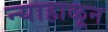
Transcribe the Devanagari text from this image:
न्याहाळून